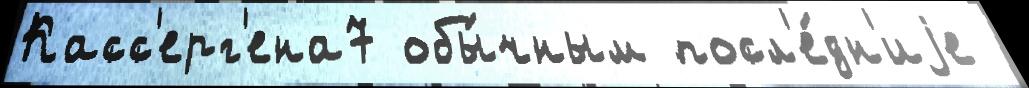
Касс'ерг'ена7 обы́чным посл'е́дн'иjе